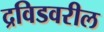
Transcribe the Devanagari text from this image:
द्रविडवरील